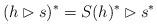
LaTeX: \begin{align*} (h\rhd s)^*=S(h)^*\rhd s^*\end{align*}